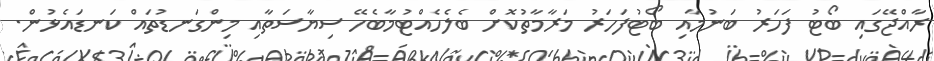
ރާއްޖޭގައި ބޯޓު ފަހަރު ބަނުމާއި ބޯޓުފަހަރު މަރާމާތުކޮށް ބެލެހެއްޓުމާބެހޭ ސިޔާސަތާއި މިންގަނޑުތައް ކަނޑައެޅުން.